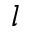
l